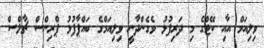
ވިލިއަމް އާއި ކޭޓްގެ މި ދަރިފުޅު ވެގެންދާނީ ވިލިއަމްގެ ބައްޕާފުޅު ޕްރިންސް ޗާލްސް